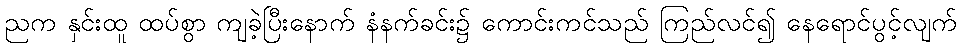
ညက နှင်းထူ ထပ်စွာ ကျခဲ့ပြီးနောက် နံနက်ခင်း၌ ကောင်းကင်သည် ကြည်လင်၍ နေရောင်ပွင့်လျက်